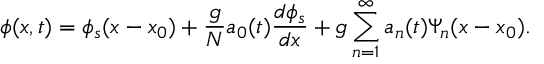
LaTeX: \phi ( x , t ) = \phi _ { s } ( x - x _ { 0 } ) + \frac { g } { N } a _ { 0 } ( t ) \frac { d \phi _ { s } } { d x } + g \sum _ { n = 1 } ^ { \infty } a _ { n } ( t ) \Psi _ { n } ( x - x _ { 0 } ) .